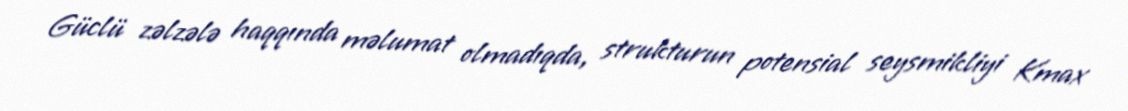
Güclü zəlzələ haqqında məlumat olmadıqda, strukturun potensial seysmikliyi Kmax